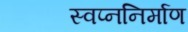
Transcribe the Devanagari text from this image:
स्वप्ननिर्माण